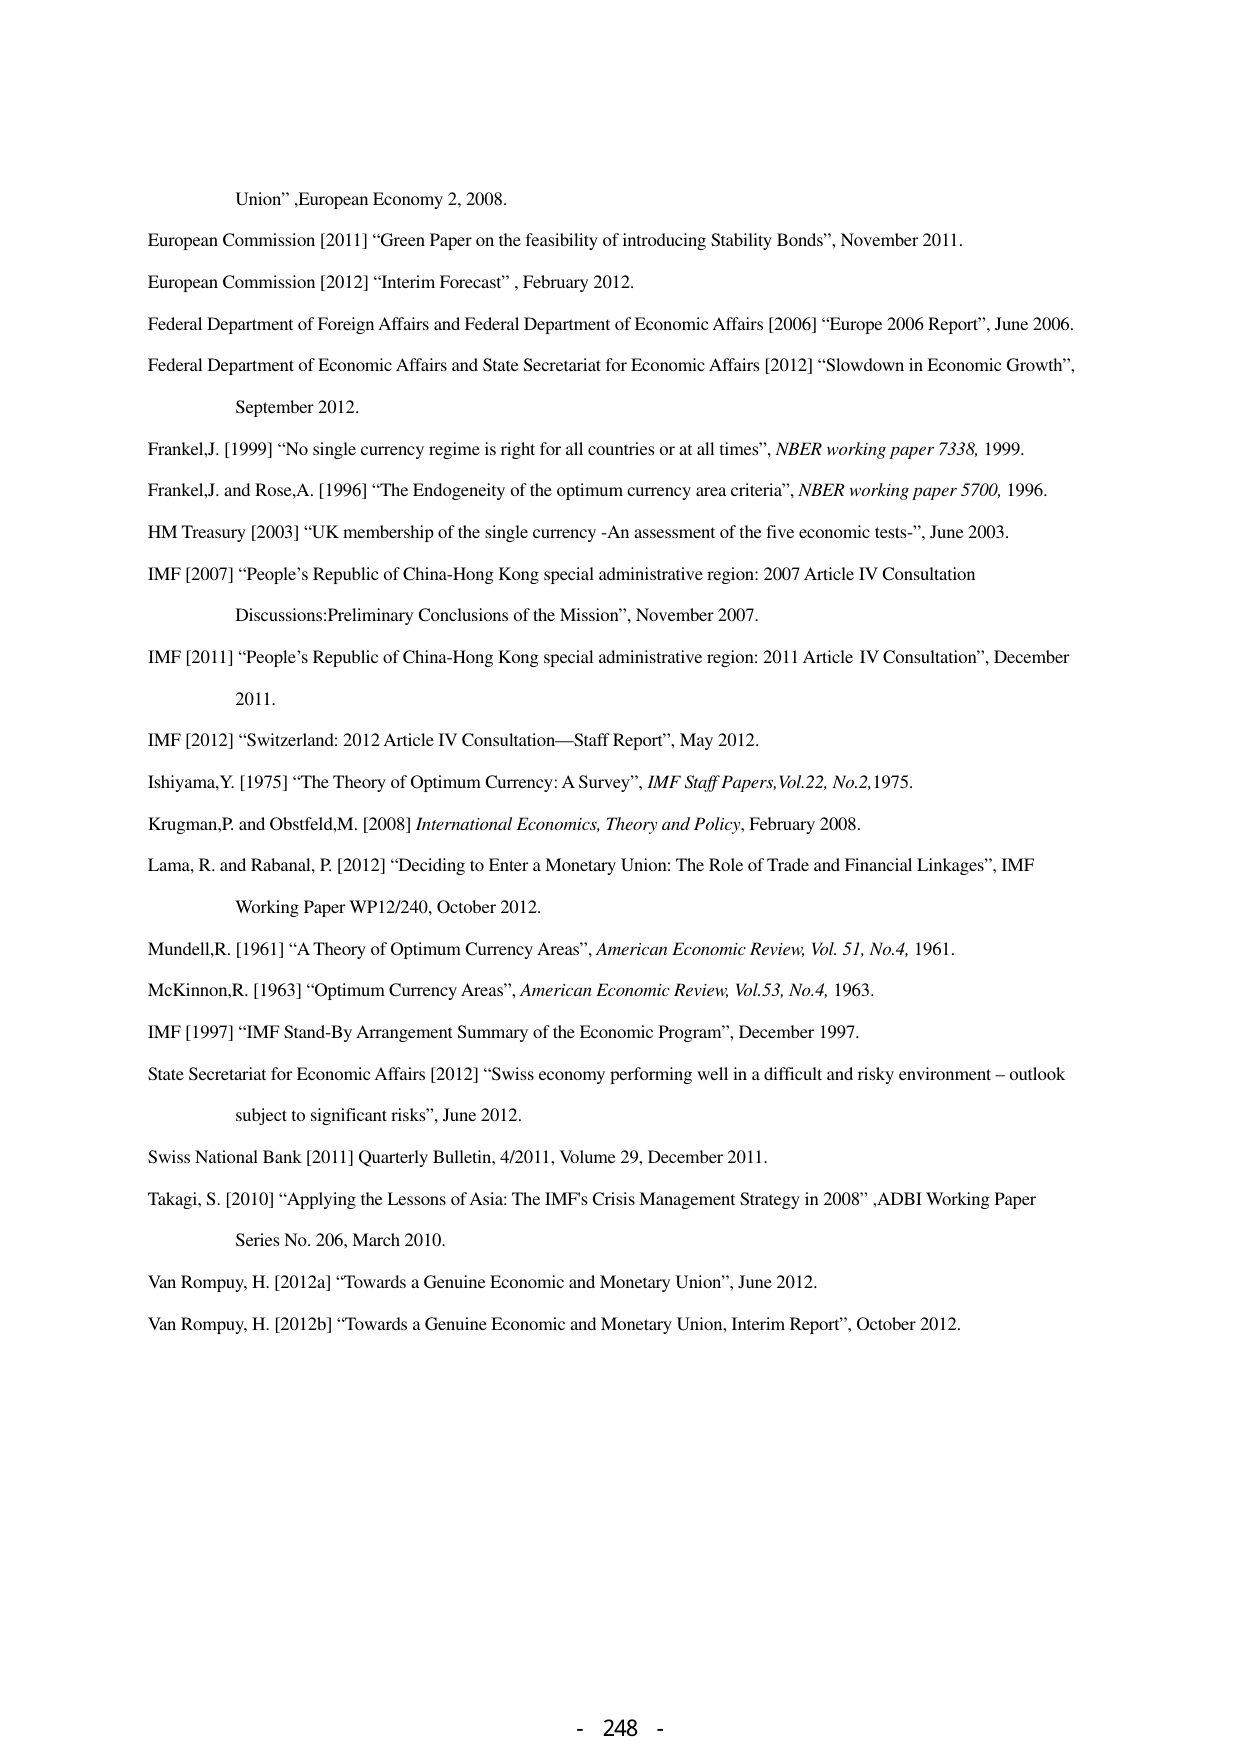
Union”, European Economy 2, 2008.

European Commission [2011] “Green Paper on the feasibility of introducing Stability Bonds”, November 2011.

European Commission [2012] “Interim Forecast”, February 2012.

Federal Department of Foreign Affairs and Federal Department of Economic Affairs [2006] “Europe 2006 Report”, June 2006.

Federal Department of Economic Affairs and State Secretariat for Economic Affairs [2012] “Slowdown in Economic Growth”, September 2012.

Frankel, J. [1999] “No single currency regime is right for all countries or at all times”, NBER working paper 7338, 1999.

Frankel, J. and Rose, A. [1996] “The Endogeneity of the optimum currency area criteria”, NBER working paper 5700, 1996.

HM Treasury [2003] “UK membership of the single currency - An assessment of the five economic tests-”, June 2003.

IMF [2007] “People’s Republic of China-Hong Kong special administrative region: 2007 Article IV Consultation Discussions: Preliminary Conclusions of the Mission”, November 2007.

IMF [2011] “People’s Republic of China-Hong Kong special administrative region: 2011 Article IV Consultation”, December 2011.

IMF [2012] “Switzerland: 2012 Article IV Consultation—Staff Report”, May 2012.

Ishiyama, Y. [1975] “The Theory of Optimum Currency: A Survey”, IMF Staff Papers, Vol.22, No.2, 1975.

Krugman, P. and Obstfeld, M. [2008] International Economics, Theory and Policy, February 2008.

Lama, R. and Rabanal, P. [2012] “Deciding to Enter a Monetary Union: The Role of Trade and Financial Linkages”, IMF Working Paper WP12/240, October 2012.

Mundell, R. [1961] “A Theory of Optimum Currency Areas”, American Economic Review, Vol. 51, No.4, 1961.

McKinnon, R. [1963] “Optimum Currency Areas”, American Economic Review, Vol.53, No.4, 1963.

IMF [1997] “IMF Stand-By Arrangement Summary of the Economic Program”, December 1997.

State Secretariat for Economic Affairs [2012] “Swiss economy performing well in a difficult and risky environment – outlook subject to significant risks”, June 2012.

Swiss National Bank [2011] Quarterly Bulletin, 4/2011, Volume 29, December 2011.

Takagi, S. [2010] “Applying the Lessons of Asia: The IMF’s Crisis Management Strategy in 2008”, ADBI Working Paper Series No. 206, March 2010.

Van Rompuy, H. [2012a] “Towards a Genuine Economic and Monetary Union”, June 2012.

Van Rompuy, H. [2012b] “Towards a Genuine Economic and Monetary Union, Interim Report”, October 2012.

- 248 -